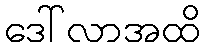
ဒေါ်လာအထိ